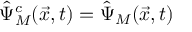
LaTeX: \hat { \Psi } _ { M } ^ { c } ( \vec { x } , t ) = \hat { \Psi } _ { M } ( \vec { x } , t )